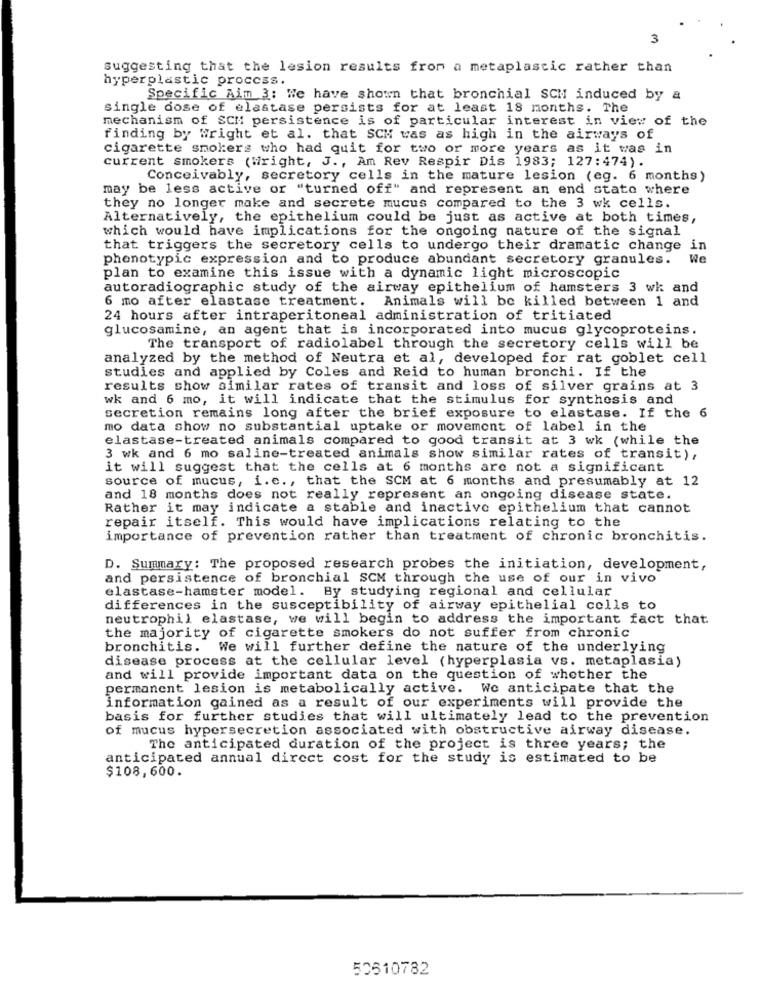
3
suggesting that the lesion results from a metaplastic rather than
hyperplastic process.
Specific Aim 3: We have shown that bronchial SCH induced by &
single dose of elastase persists for at least 18 months. The
mechanism of SCM persistence is of particular interest in view of the
finding by Wright et al. that SCM was as high in the airways of
cigarette smokers who had quit for two or more years as it was in
current smokers (Wright, J ., Am Rev Respir Dis 1983; 127:474).
Conceivably, secretory cells in the mature lesion (eg. 6 months)
may be less active or "turned off" and represent an end stato where
they no longer make and secrete mucus compared to the 3 wk cells.
Alternatively, the epithelium could be just as active at both times,
which would have implications for the ongoing nature of the signal
that triggers the secretory cells to undergo their dramatic change in
phenotypic expression and to produce abundant secretory granules.
We
plan to examine this issue with a dynamic light microscopic
autoradiographic study of the airway epithelium of hamsters 3 wk and
6 mo after elastase treatment. Animals will be killed between 1 and
24 hours after intraperitoneal administration of tritiated
glucosamine, an agent that is incorporated into mucus glycoproteins.
The transport of radiolabel through the secretory cells will be
analyzed by the method of Neutra et al, developed for rat goblet cell
studies and applied by Coles and Reid to human bronchi. If the
results show similar rates of transit and loss of silver grains at 3
wk and 6 mo, it will indicate that the stimulus for synthesis and
secretion remains long after the brief exposure to elastase. If the 6
mo data show no substantial uptake or movement of label in the
elastase-treated animals compared to good transit at 3 wk (while the
3 wk and 6 mo saline-treated animals show similar rates of transit),
it will suggest that the cells at 6 months are not a significant
source of mucus, i.e. , that the SCM at 6 months and presumably at 12
and 18 months does not really represent an ongoing disease state.
Rather it may indicate a stable and inactive epithelium that cannot
repair itself. This would have implications relating to the
importance of prevention rather than treatment of chronic bronchitis.
D. Summary: The proposed research probes the initiation, development,
and persistence of bronchial SCM through the use of our in vivo
elastase-hamster model. By studying regional and cellular
differences in the susceptibility of airway epithelial cells to
neutrophil elastase, we will begin to address the important fact that
the majority of cigarette smokers do not suffer from chronic
bronchitis.
We will further define the nature of the underlying
disease process at the cellular level (hyperplasia vs. metaplasia)
and will provide important data on the question of whether the
permanent lesion is metabolically active. We anticipate that the
information gained as a result of our experiments will provide the
basis for further studies that will ultimately lead to the prevention
of mucus hypersecretion associated with obstructive airway disease.
The anticipated duration of the project is three years; the
anticipated annual direct cost for the study is estimated to be
$108,600.
50610782